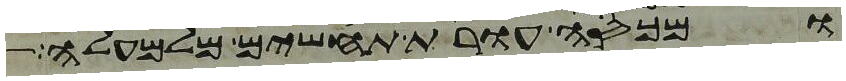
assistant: ומכסה עורת תחשים מלמעלה